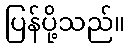
ပြန်ပို့သည်။